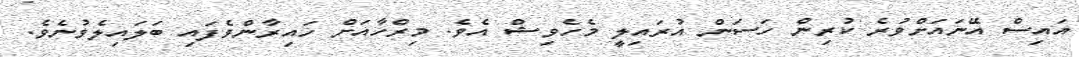
އައިސް އޭނައަށްވުރެ ކުރިން ހަސަން އުރައިލީ މެހެވިޝް އެވެ. މިރްހާއަށް ހައިރާންވެފައި ބަލައިލެވުނެވެ.